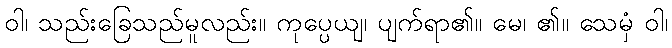
ဝါ၊ သည်းခြေသည်မူလည်း။ ကုပ္ပေယျ၊ ပျက်ရာ၏။ မေ၊ ၏။ သေမှံ ဝါ၊